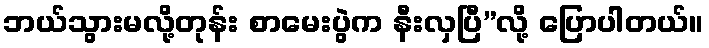
ဘယ်သွားမလို့တုန်း စာမေးပွဲက နီးလှပြီ”လို့ ပြောပါတယ်။